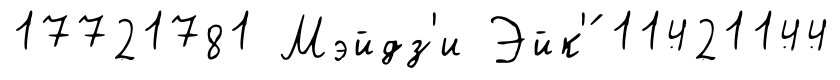
17721781 Мэйдз'и Эйк'́ 11421144